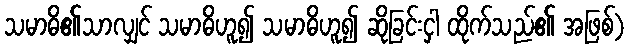
သမာဓိ၏သာလျှင် သမာဓိဟူ၍ သမာဓိဟူ၍ ဆိုခြင်းငှါ ထိုက်သည်၏ အဖြစ်)